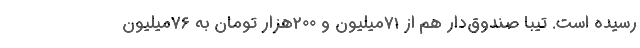
رسیده است. تیبا صندوق‌دار هم از 71میلیون و 200هزار تومان به 76میلیون